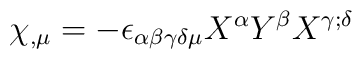
\chi_{,\mu}=-  \epsilon_{\alpha\beta\gamma\delta\mu}X^\alpha Y^\beta X^{\gamma;\delta}